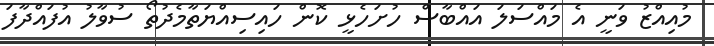
މުއިއްޒު ވަނީ އެ މައްސަލަ އައްބާސް ހުށަހެޅީ ކޮން ހައިސިއްޔަތާމެދުތޯ ސުވާލު އުފައްދާފަ